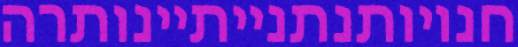
חנויותנתנייתיינותרה